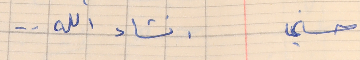
حسني       انشاء الله . .